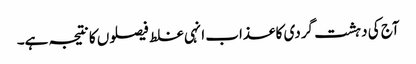
آج کی دہشت گردی کا عذاب انہی غلط فیصلوں کا نتیجہ ہے۔